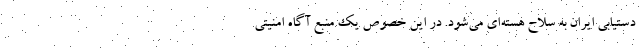
دستیابی ایران به سلاح هسته‌ای می‌شود. در این خصوص یک منبع آگاه امنیتی